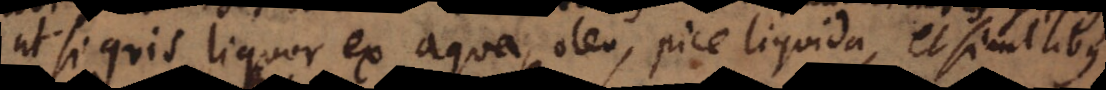
ut si quis liquor ex aqua, oleo, pice liquida, et similibus